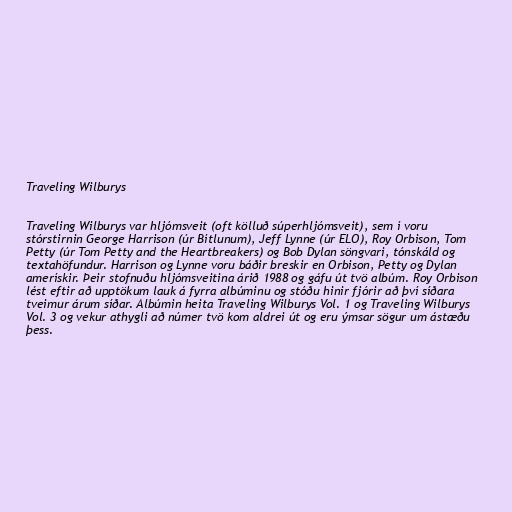
Traveling Wilburys

Traveling Wilburys var hljómsveit (oft kölluð súperhljómsveit), sem í voru
stórstirnin George Harrison (úr Bítlunum), Jeff Lynne (úr ELO), Roy Orbison, Tom
Petty (úr Tom Petty and the Heartbreakers) og Bob Dylan söngvari, tónskáld og
textahöfundur. Harrison og Lynne voru báðir breskir en Orbison, Petty og Dylan
amerískir. Þeir stofnuðu hljómsveitina árið 1988 og gáfu út tvö albúm. Roy Orbison
lést eftir að upptökum lauk á fyrra albúminu og stóðu hinir fjórir að því síðara
tveimur árum síðar. Albúmin heita Traveling Wilburys Vol. 1 og Traveling Wilburys
Vol. 3 og vekur athygli að númer tvö kom aldrei út og eru ýmsar sögur um ástæðu
þess.